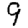
Digit: 9